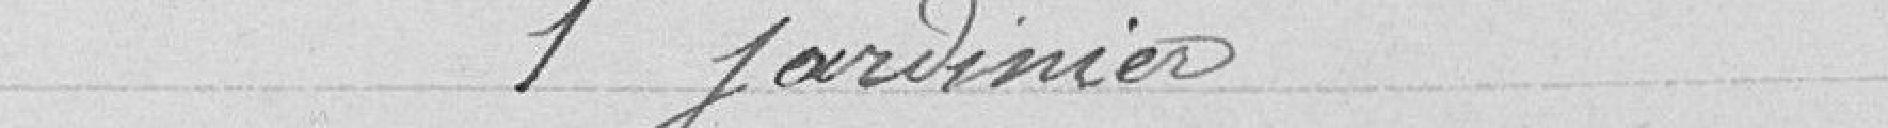
1 jardinier